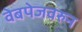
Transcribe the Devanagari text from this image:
वेबपेजवरुन